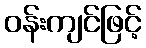
ဝန်းကျင်ဖြင့်